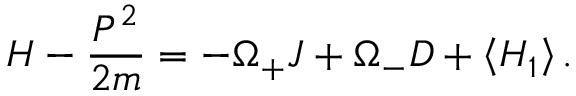
H - \frac { P ^ { 2 } } { 2 m } = - \Omega _ { + } J + \Omega _ { - } D + \left\langle H _ { 1 } \right\rangle .